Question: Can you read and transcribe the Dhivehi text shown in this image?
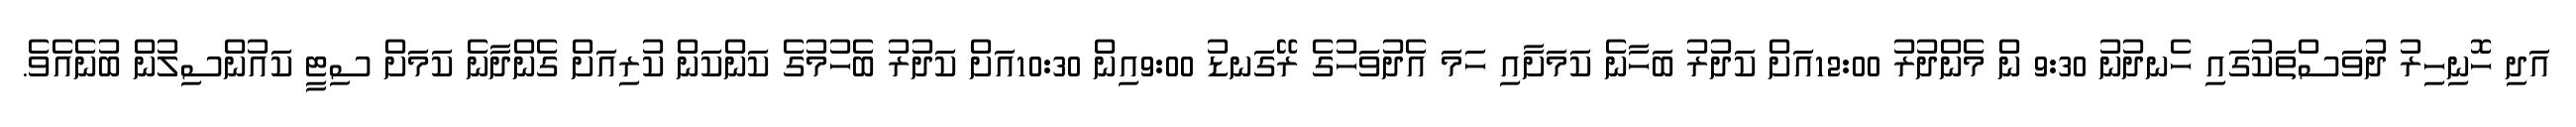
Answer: އަދި ހޮނިހިރު ދުވަސްތަކުގައި ހެނދުނު 9:30 ން މެންދުރު 12:00އަށް ކަދުރު ބަހާނެ ކަމަށާއި ހަމަ އެދުވަހުގެ ރޭގަނޑު 9:00އިން 10:30އަށް ކަދުރު ބެހުމުގެ ކަންކަން ކުރިއަށް ގެންދާނެ ކަމަށް ސިޓީ ކައުންސިލުން ބުނެއެވެ.